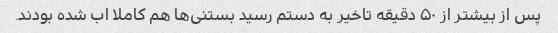
پس از بیشتر از ۵۰ دقیقه تاخیر به دستم رسید بستنی‌ها هم کاملا اب شده بودند.